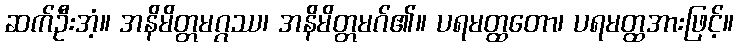
ဆက်ဦးအံ့။ အနိမိတ္တမဂ္ဂဿ၊ အနိမိတ္တမဂ်၏။ ပရမတ္ထတော၊ ပရမတ္ထအားဖြင့်။